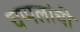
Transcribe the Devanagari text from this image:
चप्पलांची